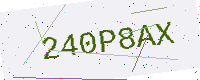
Text: 240P8AX